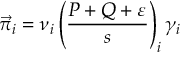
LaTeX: \vec { \pi } _ { i } = \nu _ { i } \left( \frac { P + Q + \varepsilon } { s } \right) _ { i } \gamma _ { i }